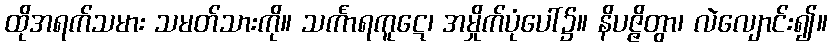
ထိုအရက်သမား သမတ်သားကို။ သင်္ကာရကူဋေ၊ အမှိုက်ပုံပေါ်၌။ နိပဇ္ဇိတွာ၊ လဲလျောင်း၍။